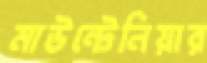
মাউন্টেনিয়ার